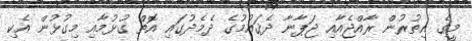
މީގެ އިތުރުން ރާއްޖެއާއި ޖަޕާނާ ދެޤައުމުގެ ދެމެދުގައި އޮތް ގުޅުމާއި މިގުޅުން އެކި